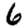
Digit: 6